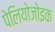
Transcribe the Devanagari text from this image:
पेलियोजोइक